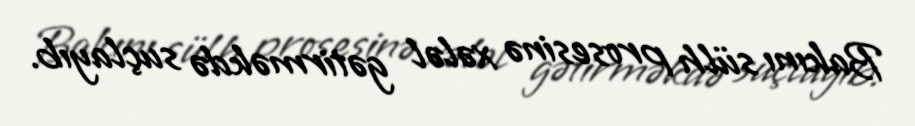
Bakını sülh prosesinə xələl gətirməkdə suçlayıb.